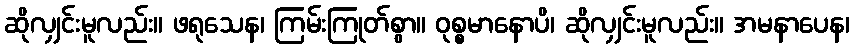
ဆိုလျှင်းမူလည်း။ ဖရုသေန၊ ကြမ်းကြုတ်စွာ။ ဝုစ္စမာနောပိ၊ ဆိုလျှင်းမူလည်း။ အမနာပေန၊